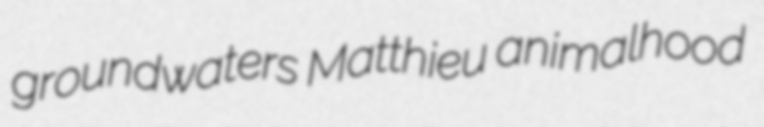
groundwaters Matthieu animalhood